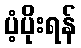
ပံ့ပိုးရန်